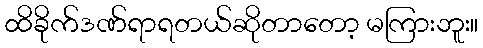
ထိခိုက်ဒဏ်ရာရတယ်ဆိုတာတော့ မကြားဘူး။